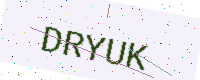
Text: DRYUK